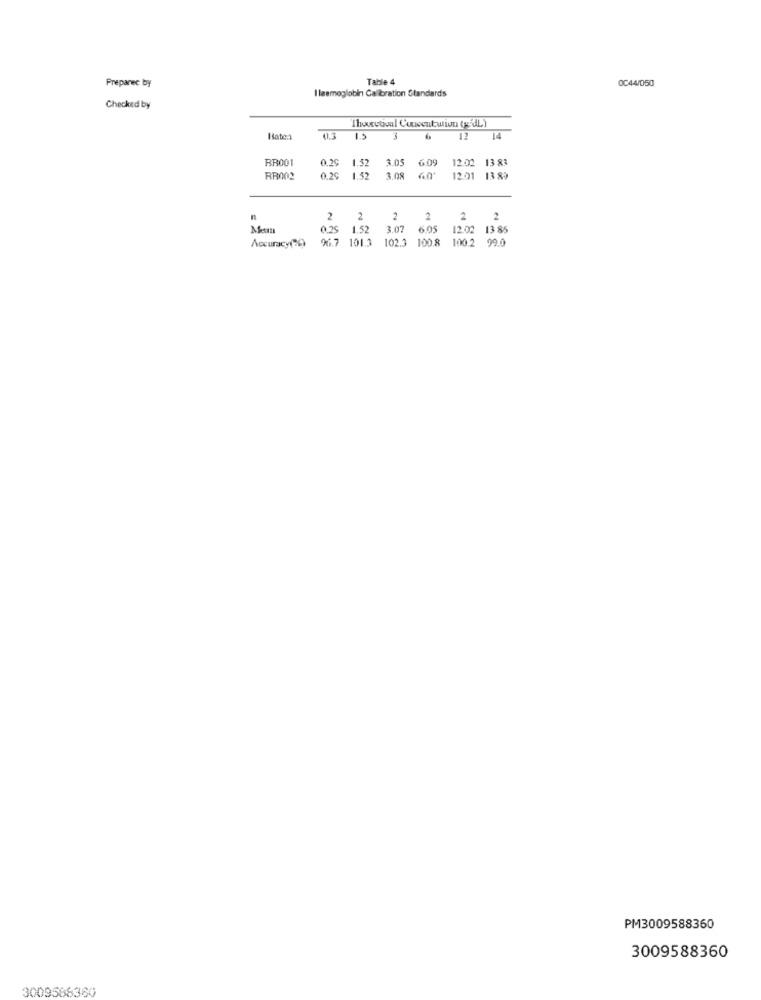
Table 4
0C44/050
Preparec by
I laemoglobin Calibration Standards
Checked by
Hate.1
41.3
3
12
14
RR001
0.29
3.05
6.09
12.02 13 83
1.52
RR002
0.20
1.52
3.08
12.01 13 89
2
2 2
2
2
2 2 2
0.25
0.25 1.52 3.07 6.05 12.02 13 85
3.07
Accuracy(2)
96.7 101.3 102.3 100.8 100.2 99.0
100.2 99.0
PM3009588360
3009588360
3009568360